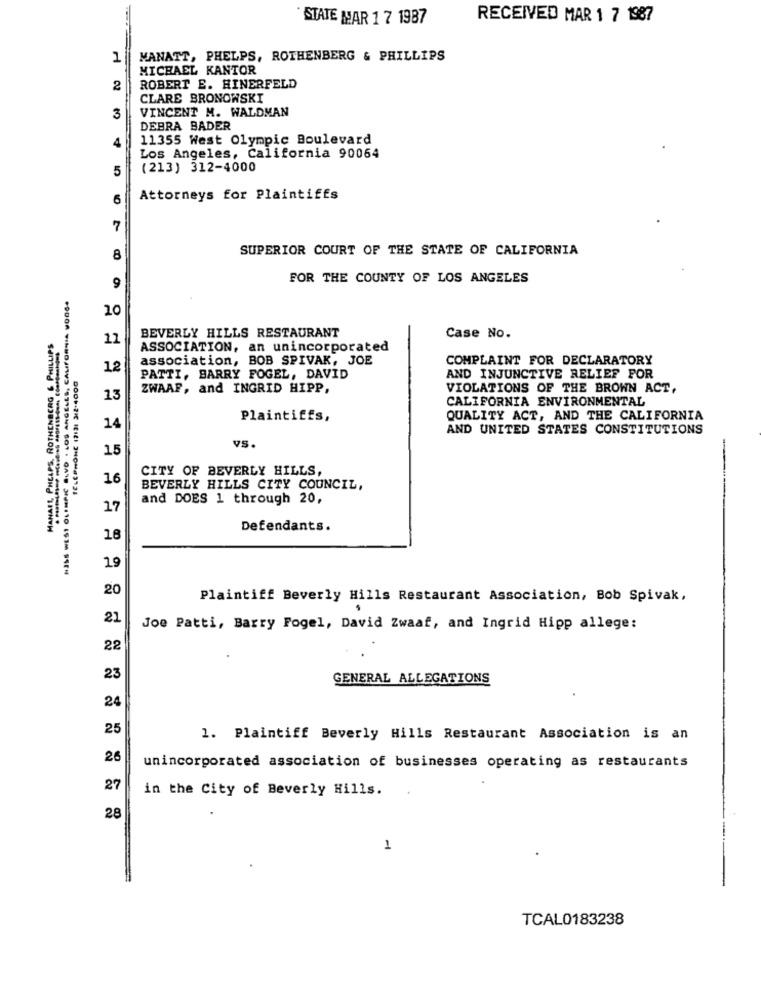
STATE MAR 1 7 1987
RECEIVED MAR 1 7 1987
1
MANATT, PHELPS, ROTHENBERG & PHILLIPS
MICHAEL KANTOR
2
ROBERT E. HINERFELD
CLARE BRONOWSKI
3
VINCENT M. WALDMAN
DEBRA BADER
4
11355 West Olympic Boulevard
Los Angeles, California 90064
5
(213) 312-4000
6
Attorneys for Plaintiffs
7
SUPERIOR COURT OF THE STATE OF CALIFORNIA
8
FOR THE COUNTY OF LOS ANGELES
9
10
BEVERLY HILLS RESTAURANT
MANAET, PHELPS, ROTHENBERG & PHILLIPS
11
Case No.
ASSOCIATION, an unincorporated
association, BOB SPIVAK, JOE
COMPLAINT FOR DECLARATORY
12
TELEPHONE 12131 2/2-4000
PATTI, BARRY FOGEL, DAVID
AND INJUNCTIVE RELIEF FOR
ZWAAF, and INGRID HIPP,
VIOLATIONS OF THE BROWN ACT,
13
CALIFORNIA ENVIRONMENTAL
Plaintiffs,
QUALITY ACT, AND THE CALIFORNIA
14
AND UNITED STATES CONSTITUTIONS
15
VS.
-
CITY OF BEVERLY HILLS,
16
BEVERLY HILLS CITY COUNCIL,
and DOES 1 through 20,
17
Defendants.
19
20
Plaintiff Beverly Hills Restaurant Association, Bob Spivak,
21
Joe Patti, Barry Fogel, David Zwaaf, and Ingrid Hipp allege:
22
23
GENERAL ALLEGATIONS
24
25
1. Plaintiff Beverly Hills Restaurant Association is an
26
unincorporated association of businesses operating as restaurants
27
in the City of Beverly Hills.
28
1
TCAL0183238